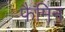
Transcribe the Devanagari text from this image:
फैमिन